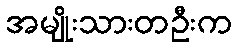
အမျိုးသားတဦးက